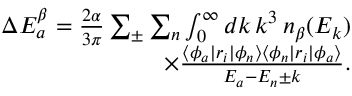
\begin{array} { r } { \Delta E _ { a } ^ { \beta } = \frac { 2 \alpha } { 3 \pi } \sum _ { \pm } \sum _ { n } \int _ { 0 } ^ { \infty } d k \, k ^ { 3 } \, n _ { \beta } ( E _ { k } ) } \\ { \times \frac { \langle \phi _ { a } | r _ { i } | \phi _ { n } \rangle \langle \phi _ { n } | r _ { i } | \phi _ { a } \rangle } { E _ { a } - E _ { n } \pm k } . } \end{array}